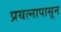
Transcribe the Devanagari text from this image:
प्रयत्‍नापासून